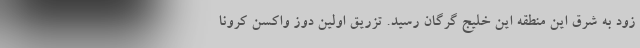
زود به شرق این منطقه این خلیج گرگان رسید. تزریق اولین دوز واکسن کرونا